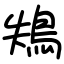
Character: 鴩